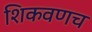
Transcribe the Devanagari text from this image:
शिकवणच